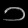
Digit: ၁